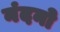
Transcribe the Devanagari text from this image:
नंदनो